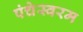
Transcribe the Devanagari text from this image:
पंचेस्वरम